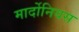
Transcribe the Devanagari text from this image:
मार्दोनियस